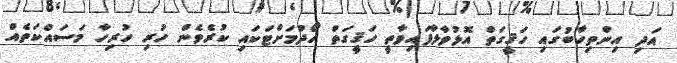
އަދި އިންތިހާބުގައި ހަޤީގަތް އޮޅުވާލާފައިވާތީ ހަޤީގަތް ހޯދުމަށްޓަކައި ކުރެވެން ހުރި ހުރިހާ މަސައްކަތެއް